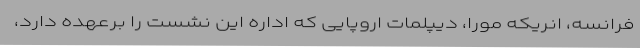
فرانسه، انریکه مورا، دیپلمات اروپایی که اداره این نشست را برعهده دارد،